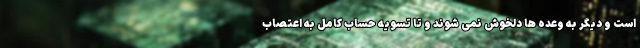
است و دیگر به وعده ها دلخوش نمی شوند و تا تسویه حساب کامل به اعتصاب